Civil Veterinary Department Bengal reports 1933-51 - 1933-1951
Year: 1933
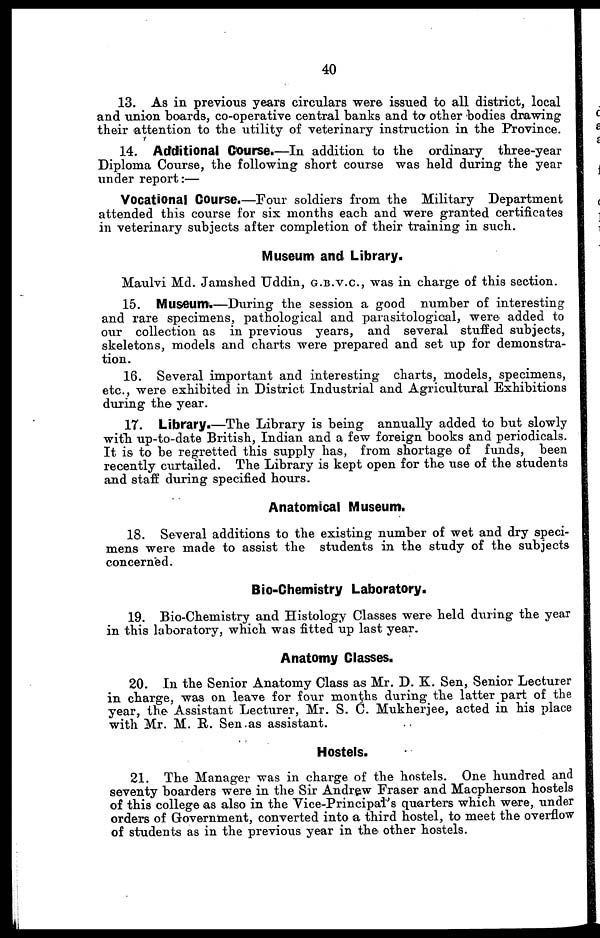
40
13. As in previous years circulars were issued to all district, local
and union boards, co-operative central banks and to other bodies drawing
their attention to the utility of veterinary instruction in the Province.
14. Additional Course.—In addition to the ordinary three-year
Diploma Course, the following short course was held during the year
under report:—
Vocational Course.—Four soldiers from the Military Department
attended this course for six months each and were granted certificates
in veterinary subjects after completion of their training in such.
Museum and Library.
Maulvi Md. Jamshed Uddin, G.B.V.C., was in charge of this section.
15. Museum.—During the session a good number of interesting
and rare specimens, pathological and parasitological, were added to
our collection as in previous years, and several stuffed subjects,
skeletons, models and charts were prepared and set up for demonstra-
tion.
16. Several important and interesting charts, models, specimens,
etc., were exhibited in District Industrial and Agricultural Exhibitions
during the year.
17. Library.—The Library is being annually added to but slowly
with up-to-date British, Indian and a few foreign books and periodicals.
It is to be regretted this supply has, from shortage of funds, been
recently curtailed. The Library is kept open for the use of the students
and staff during specified hours.
Anatomical Museum.
18. Several additions to the existing number of wet and dry speci-
mens were made to assist the students in the study of the subjects
concerned.
Bio-Chemistry Laboratory.
19. Bio-Chemistry and Histology Classes were held during the year
in this laboratory, which was fitted up last year.
Anatomy Classes.
20. In the Senior Anatomy Class as Mr. D. K. Sen, Senior Lecturer
in charge, was on leave for four months during the latter part of the
year, the Assistant Lecturer, Mr. S. C. Mukherjee, acted in his place
with Mr. M. R. Sen as assistant.
Hostels.
21. The Manager was in charge of the hostels. One hundred and
seventy boarders were in the Sir Andrew Fraser and Macpherson hostels
of this college as also in the Vice-Principal's quarters which were, under
orders of Government, converted into a third hostel, to meet the overflow
of students as in the previous year in the other hostels.